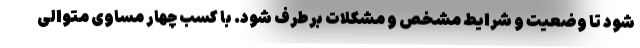
شود تا وضعیت و شرایط مشخص و مشکلات برطرف شود. با کسب چهار مساوی متوالی